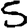
Digit: 5